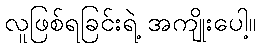
လူဖြစ်ရခြင်းရဲ့ အကျိုးပေါ့။